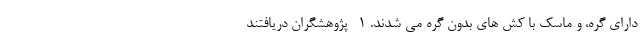
دارای گره، و ماسک با کش های بدون گره می شدند. 1- پژوهشگران دریافتند